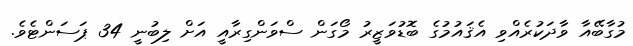
މުގާބޭއާ ވާދަކުރެއްވި އެޤައުމުގެ ބޮޑުވަޒީރު މޯގަން ސްވަންގިރާއީ އަށް ލިބުނީ 34 ޕަސަންޓެވެ.